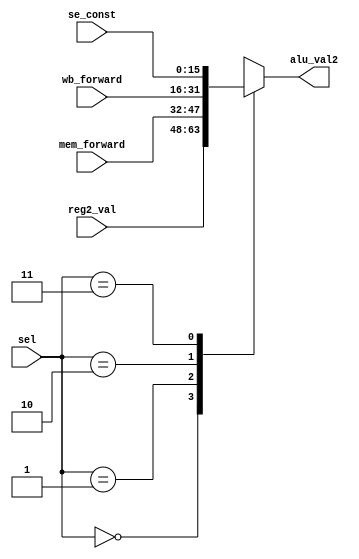
module ALU_Reg2_Mux(sel,reg2_val,mem_forward,wb_forward,se_const,alu_val2
    );

	input [1:0] sel;
	input [15:0] reg2_val,mem_forward,wb_forward,se_const;
	
	output reg [15:0] alu_val2;
	
	always@(*) begin
		case(sel)
			0: alu_val2 = reg2_val;
			1: alu_val2 = mem_forward;
			2: alu_val2 = wb_forward;
			3: alu_val2 = se_const;
		endcase
	end
endmodule